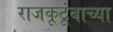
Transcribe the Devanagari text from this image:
राजकूटूंबाच्या